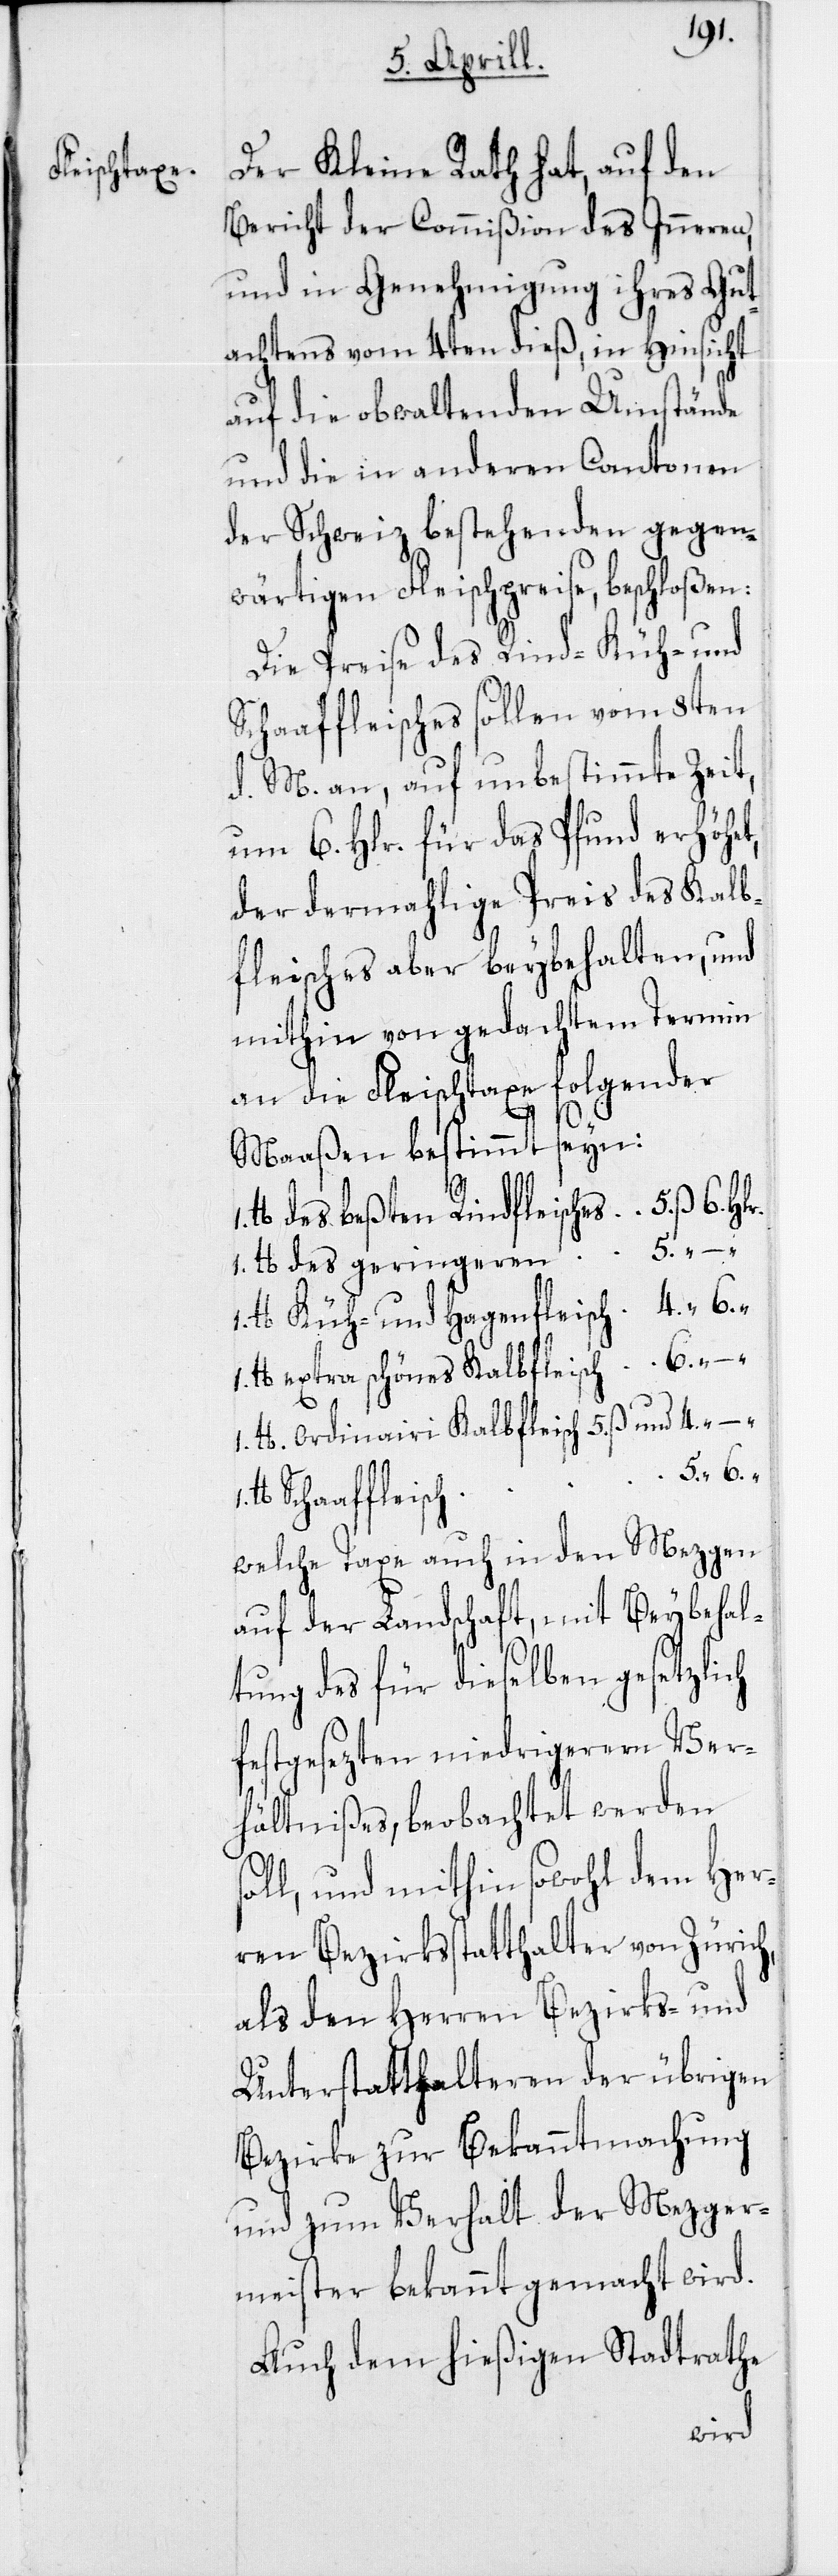
Der Kleine Rath hat, auf den
Bericht der Commißion des Inneren
und in Genehmigung ihres Gut¬
achtens vom 4ten dieß, in Hinsicht
auf die obwaltenden Umstände
und die in anderen Cantonen
der Schweiz bestehenden gegen¬
wärtigen Fleischpreise, beschloßen:
Die Preise des Rind-, Küh- und
Schaffleisches sollen vom 8ten
d. M. an, auf unbestimmte Zeit
um 6. Hlr. für das Pfund erhöhet,
der dermahlige Preis des Kalb¬
fleisches aber beybehalten, und
mithin von gedachtem Termin
an die Fleischtaxe folgender
Maaßen bestimmt seyn:
lb. des beßten Rindfleisches	5. ß 6. Hl¬
1. lb. des geringeren “	5.
lb. Küh- und Hagenfleisch 	4 “ 6 “
lb. extra schönes Kalbfleisch	6. “ –
Schaaffleisch	5.
welche Taxe auch in den Mezgen
auf der Landschaft, mit Beybehal¬
s¬
tung des für dieselben gesetzlich
festgesezten niedrigerem Ver¬
hältnißes, beobachtet werden
oll, und mithin sowohl dem Her¬
ren Bezirksstatthalter von Zürich,
als den Herren Bezirks- und
Unterstatthalteren der übrigen
Bezirke zur Bekanntmachung
und zum Verhalt der Mezger¬
meister bekannt gemacht wird.
Auch dem hießigen Stadtrathe